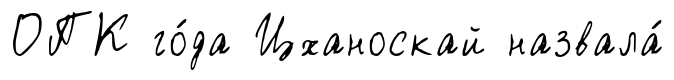
ОПК го́да Цханоскай назвала́